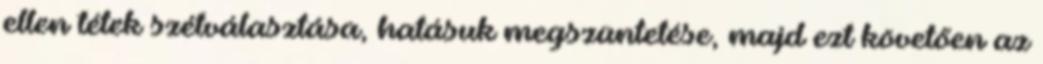
ellen tétek szétválasztása, hatásuk megszüntetése, majd ezt követően az